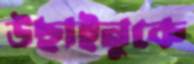
উছাইনুকে